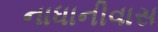
નાધાનીવાસ